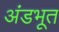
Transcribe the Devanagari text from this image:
अंडभूत